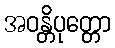
အဝန္တိပုတ္တော